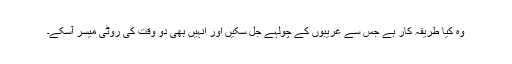
وہ کیا طریقہ کار ہے جس سے غریبوں کے چولہے جل سکیں اور انہیں بھی دو وقت کی روٹی میسر آسکے۔